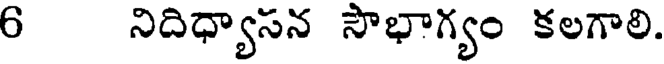
6 నిదిధ్యాసన సౌభాగ్యం కలగాలి.